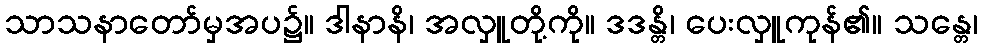
သာသနာတော်မှအပ၌။ ဒါနာနိ၊ အလှူတို့ကို။ ဒဒန္တိ၊ ပေးလှူကုန်၏။ သန္တေ၊